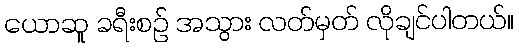
ယောဆူ ခရီးစဉ် အသွား လတ်မှတ် လိုချင်ပါတယ်။